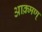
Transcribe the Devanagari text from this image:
आक्र्मण्